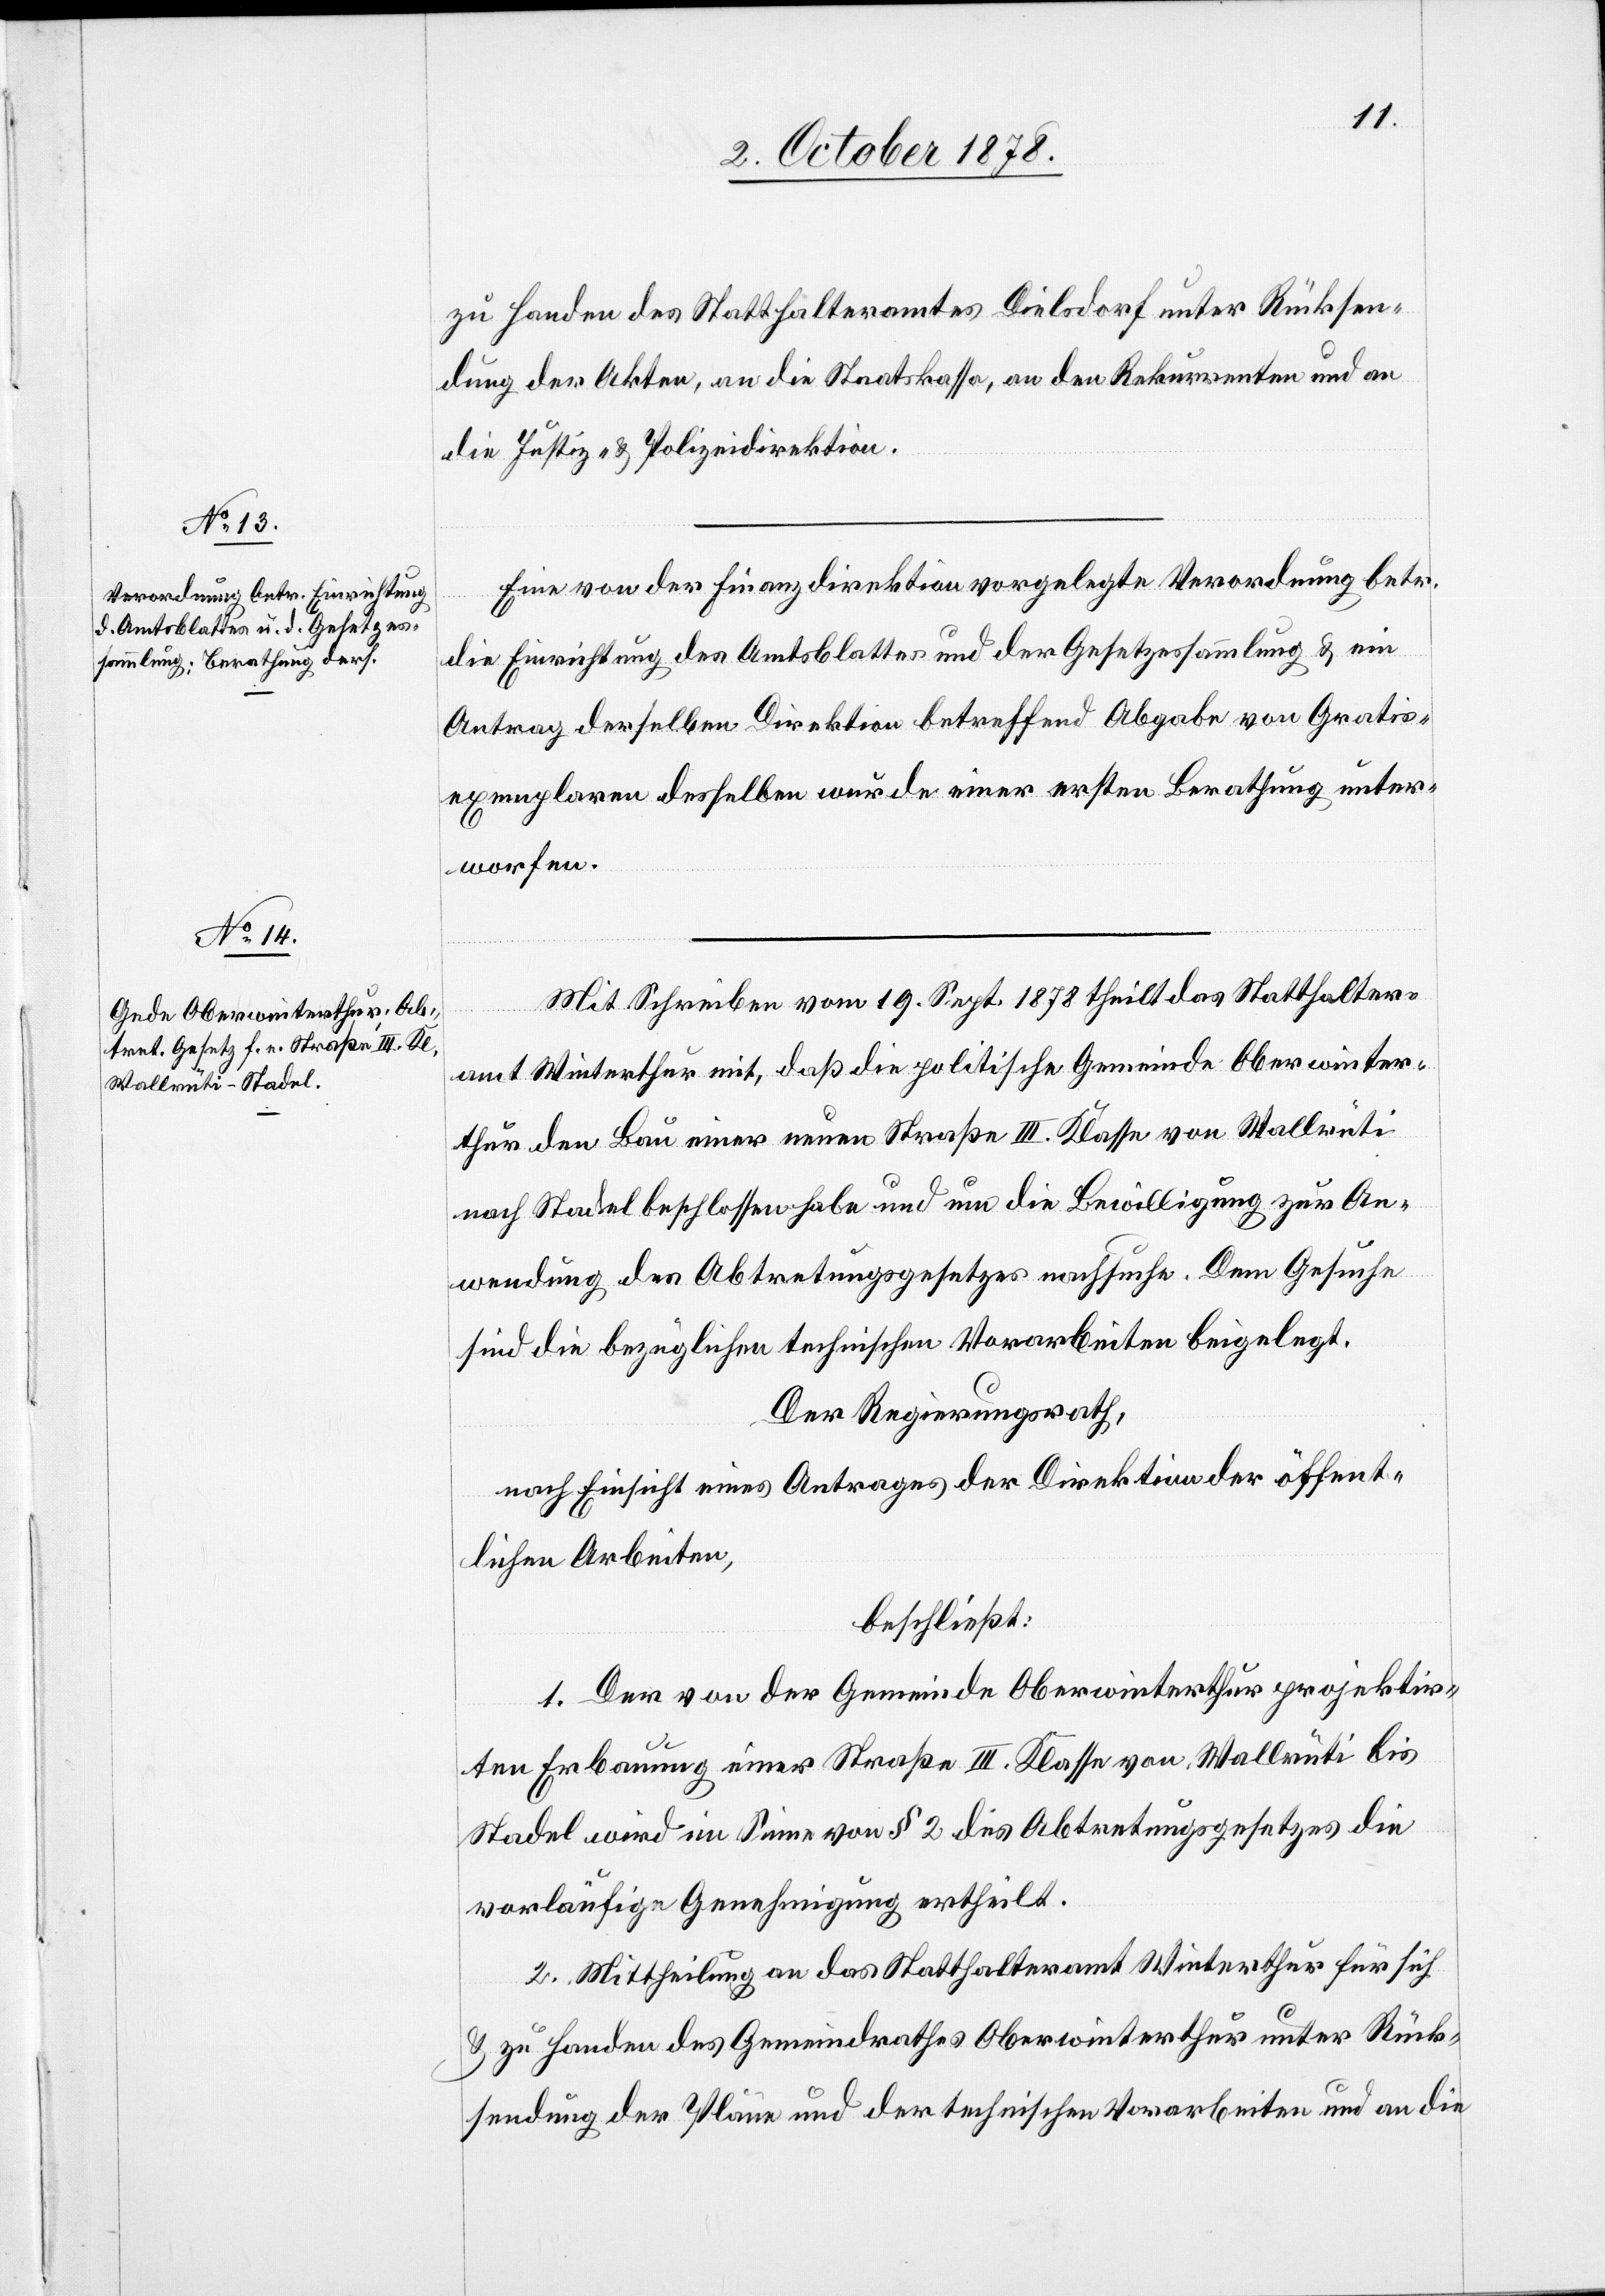
zu Handen des Statthalteramtes Dielsdorf unter Rücksen¬
dung der Akten, an die Staatskasse, an den Rekurrenten und an
die Justiz- & Polizeidirektion.
Eine von der Finanzdirektion vorgelegte Verordnung betr.
die Einrichtung des Amtsblattes und der Gesetzessammlung & ein
Antrag derselben Direktion betreffend Abgabe von Gratis¬
exemplaren desselben wurden einer ersten Berathung unter¬
worfen.
Mit Schreiben vom 19. Sept. 1878 theilt das Statthalter¬
amt Winterthur mit, daß die politische Gemeinde Oberwinter¬
thur den Bau einer neuen Straße III. Klasse von Wallrüti
nach Stadel beschlossen habe und um die Bewilligung zur An¬
wendung des Abtretungsgesetzes nachsuche. Dem Gesuche
sind die bezüglichen technischen Vorarbeiten beigelegt.
Der Regierungsrath,
nach Einsicht eines Antrages der Direktion der öffent¬
lichen Arbeiten,
beschließt:
1. Der von der Gemeinde Oberwinterthur projektir¬
ten Erbauung einer Straße III. Klasse von Wallrüti bis
Stadel wird im Sinne von § 2 des Abtretungsgesetzes die
vorläufige Genehmigung ertheilt.
2. Mittheilung an das Statthalteramt Winterthur für sich
& zu Handen des Gemeindrathes Oberwinterthur unter Rück¬
sendung der Pläne und der technischen Vorarbeiten und an die